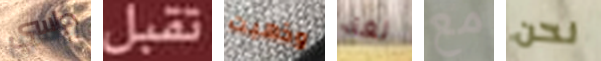
دراسي تقبل وذهبت لغة مع نحن